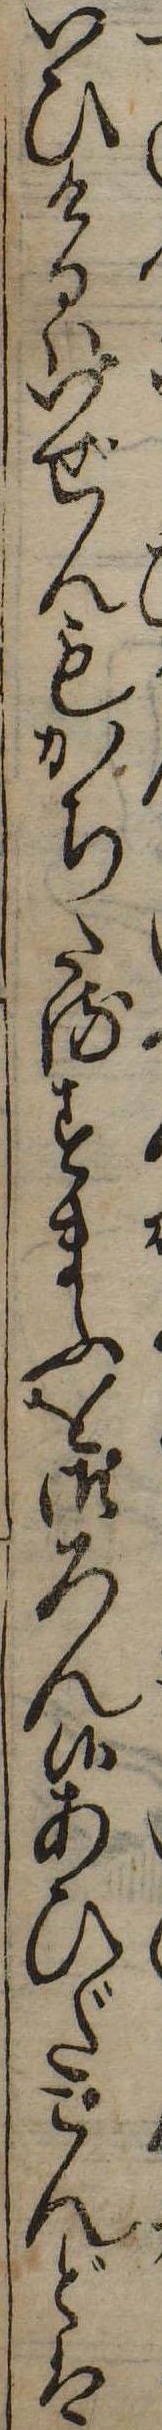
いひけるはいぜんもかちたるすまふを御ろん候あひだこんどは